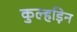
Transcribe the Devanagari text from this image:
कुल्‍हड़िन